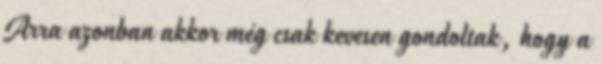
Arra azonban akkor még csak kevesen gondoltak, hogy a